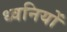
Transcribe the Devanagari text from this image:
ध्‍वनियों